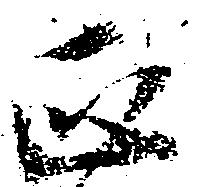
正